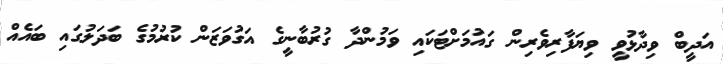
އަދީބް ވިދާޅުވީ ވިޔަފާރިވެރިން ގައުމަށްޓަކައި ވަމުންދާ ގުރުބާނީގެ އަގުވަޒަން ކުރުމުގެ ބަދަލުގައި ބައެއް